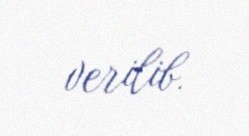
verilib.